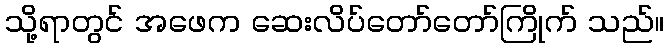
သို့ရာတွင် အဖေက ဆေးလိပ်တော်တော်ကြိုက် သည်။